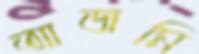
আজমি